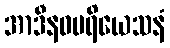
အာဒီနဝပရိယေသနံ